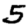
Digit: 5